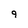
Character: 9